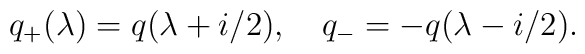
q_{+}(\lambda) = q(\lambda +i/2),\quad q_{-} = - q(\lambda -i/2).